King Institute of Preventive Medicine Micro-Biological Section reports 1912-19
Year: 1912
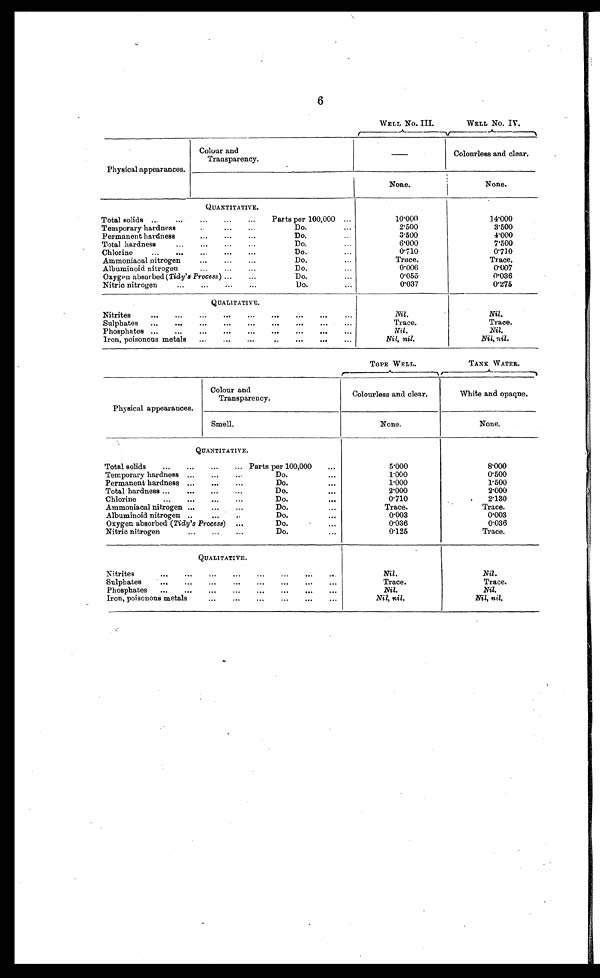
6
WELL No. III.
WELL No. IV.
Physical appearances.
Colour and
Transparency.
—
Colourless and clear.
None.
None.
QUANTITATIVE.
Total solids . . .
Parts per 100,000 . . .
10.000
14.000
Temporary hardness . . .
Do. . . .
2.500
3.500
Permanent hardness . . .
Do. . . .
3.500
4.000
Total hardness . . .
Do. . . .
6.000
7.500
Chlorine . . .
Do. . . .
0.710
0.710
Ammoniacal nitrogen . . .
Do. . . .
Trace.
T r a c e .
Albuminoid nitrogen . . .
Do. . . .
0.006
0.007
Oxygen absorbed ( Tidy's Process ) . . .
Do. . . .
0.055
0.036
Nitric nitrogen . . .
Do. . . .
0.037
0.275
QUALITATIVE.
Nitrites . . .
N i l
.
Nil.
Sulphates . . .
Trace.
Trace.
Phosphates . . .
Nil.
Nil.
Iron, poisonous metals . . .
Nil, nil.
Nil, nil.
TOPE WELL.
TANK WATER.
Physical appearances.
Colour and
Transparency.
Colourless and clear.
White and opaque.
Smell.
None.
None.
QUANTITATIVE.
Total solids . . .
Parts per 100,000 . . .
5.000
8.000
Temporary hardness . . .
Do. . . .
1.000
0.500
Permanent hardness . . .
Do. . . .
1.000
1.500
Total hardness . . .
Do. . . .
2.000
2.000
Chlorine . . .
Do. . . .
0.710
2.130
Ammoniacal nitrogen . . .
Do. . . .
Trace.
Trace.
Albuminoid nitrogen . . .
Do. . . .
0.003
0.003
Oxygen absorbed ( Tidy's Process) . . .
Do. . . .
0.036
0.036
Nitric nitrogen . . .
Do. . . .
0.125
Trace.
QUALITATIVE.
Nitrites . . .
Nil.
Nil.
Sulphates . . .
Trace.
Trace.
Phosphates . . .
Nil.
Nil.
Iron, poisonous metals . . .
Nil, nil.
Nil, nil.